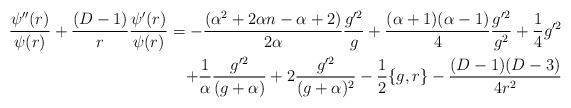
LaTeX: \begin{align*}\frac{\psi^{\prime\prime}(r)}{\psi(r)}+\frac{(D-1)}{r}\frac{\psi^{\prime}(r)}{\psi(r)}=-\frac{(\alpha^2+2\alpha n-\alpha+2)}{2\alpha}\frac{g^{\prime2}}{g}+\frac{(\alpha+1)(\alpha-1)}{4}\frac{g^{\prime2}}{g^2}+\frac{1}{4}g^{\prime2}\\+\frac{1}{\alpha}\frac{g^{\prime2}}{(g+\alpha)}+2\frac{g^{\prime2}}{(g+\alpha)^2}-\frac{1}{2}\{g,r\}-\frac{(D-1)(D-3)}{4r^2}\end{align*}